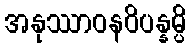
အနုဿာဝနဝိပန္နမ္ပိ